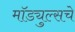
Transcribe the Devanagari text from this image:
मॉड्युल्सचे